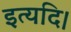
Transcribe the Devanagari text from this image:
इत्यदि।